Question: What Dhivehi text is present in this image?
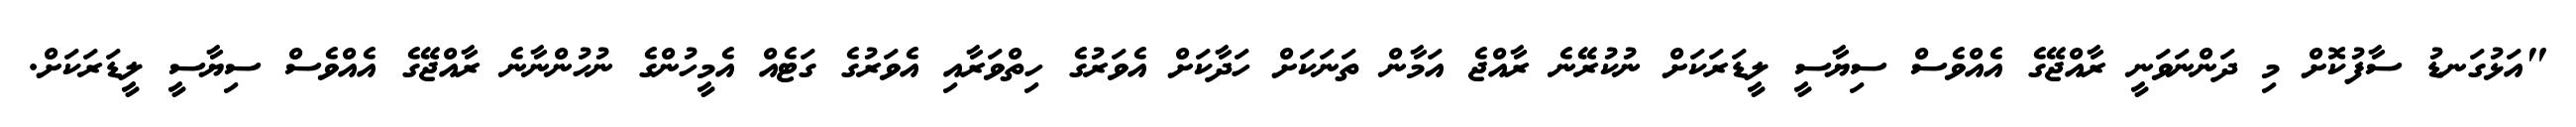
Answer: "އަޅުގަނޑު ސާފުކޮށް މި ދަންނަވަނީ ރާއްޖޭގެ އެއްވެސް ސިޔާސީ ލީޑަރަކަށް ނުކުރޭނެ ރާއްޖެ އަމާން ތަނަކަށް ހަދާކަށް އެވަރުގެ ހިތްވަރާއި އެވަރުގެ ގަޓެއް އެމީހުންގެ ނުހުންނާނެ ރާއްޖޭގެ އެއްވެސް ސިޔާސީ ލީޑަރަކަށް.